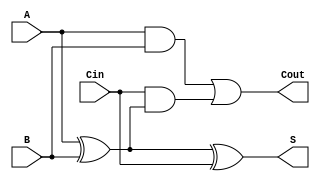
module RippleCarryFullAdder (
    input wire A,      // First binary input
    input wire B,      // Second binary input
    input wire Cin,    // Carry-in input
    output wire S,     // Sum output
    output wire Cout    // Carry-out output
);

// Internal wires for intermediate signals
wire A_xor_B;

// Compute the sum using XOR gates
assign A_xor_B = A ^ B;      // A XOR B
assign S = A_xor_B ^ Cin;    // S = (A XOR B) XOR Cin

// Compute the carry-out using AND and OR gates
assign Cout = (A & B) | (Cin & A_xor_B); // Cout = (A AND B) OR (Cin AND (A XOR B))

endmodule